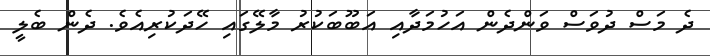
ދެ މަސް ދުވަސް ވަންދެން އަހުމަދާއި އަބޫބަކުރު މާލޭގައި ހޭދަކުރިއެވެ. ދެން ބެލީ